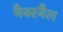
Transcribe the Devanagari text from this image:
मैक्स्वैल